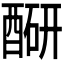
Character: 𬪮